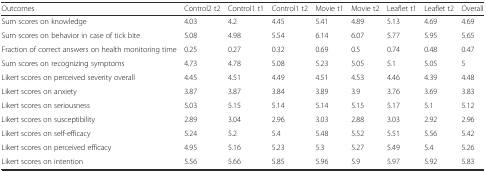
<table><thead><tr><td><b>Outcomes</b></td><td><b>Control2 t2</b></td><td><b>Control1 t1</b></td><td><b>Control1 t2</b></td><td><b>Movie t1</b></td><td><b>Movie t2</b></td><td><b>Leaflet t1</b></td><td><b>Leaflet t2</b></td><td><b>Overall</b></td></tr></thead><tbody><tr><td>Sum scores on knowledge</td><td>4.03</td><td>4.2</td><td>4.45</td><td>5.41</td><td>4.89</td><td>5.13</td><td>4.69</td><td>4.69</td></tr><tr><td>Sum scores on behavior in case of tick bite</td><td>5.08</td><td>4.98</td><td>5.54</td><td>6.14</td><td>6.07</td><td>5.77</td><td>5.95</td><td>5.65</td></tr><tr><td>Fraction of correct answers on health monitoring time</td><td>0.25</td><td>0.27</td><td>0.32</td><td>0.69</td><td>0.5</td><td>0.74</td><td>0.48</td><td>0.47</td></tr><tr><td>Sum scores on recognizing symptoms</td><td>4.73</td><td>4.78</td><td>5.08</td><td>5.23</td><td>5.05</td><td>5.1</td><td>5.05</td><td>5</td></tr><tr><td>Likert scores on perceived severity overall</td><td>4.45</td><td>4.51</td><td>4.49</td><td>4.51</td><td>4.53</td><td>4.46</td><td>4.39</td><td>4.48</td></tr><tr><td>Likert scores on anxiety</td><td>3.87</td><td>3.87</td><td>3.84</td><td>3.89</td><td>3.9</td><td>3.76</td><td>3.69</td><td>3.83</td></tr><tr><td>Likert scores on seriousness</td><td>5.03</td><td>5.15</td><td>5.14</td><td>5.14</td><td>5.15</td><td>5.17</td><td>5.1</td><td>5.12</td></tr><tr><td>Likert scores on susceptibility</td><td>2.89</td><td>3.04</td><td>2.96</td><td>3.03</td><td>2.88</td><td>3.03</td><td>2.92</td><td>2.96</td></tr><tr><td>Likert scores on self-efficacy</td><td>5.24</td><td>5.2</td><td>5.4</td><td>5.48</td><td>5.52</td><td>5.51</td><td>5.56</td><td>5.42</td></tr><tr><td>Likert scores on perceived efficacy</td><td>4.95</td><td>5.16</td><td>5.23</td><td>5.3</td><td>5.27</td><td>5.49</td><td>5.4</td><td>5.26</td></tr><tr><td>Likert scores on intention</td><td>5.56</td><td>5.66</td><td>5.85</td><td>5.96</td><td>5.9</td><td>5.97</td><td>5.92</td><td>5.83</td></tr></tbody></table>